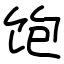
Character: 饱